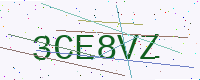
Text: 3CE8VZ